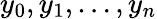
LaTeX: y_{0},y_{1},\dotsc,y_{n}